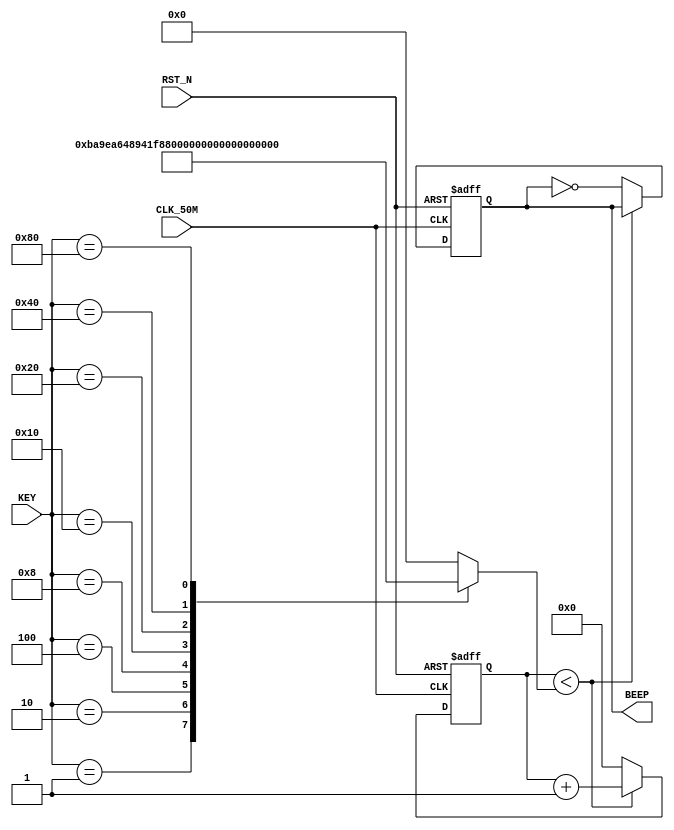
//---------------------------------------------------------------------------
//--			:	Beep_Module.v
//--			:	ZIRCON
//--			:	
//--		:	2014-1-1
//---------------------------------------------------------------------------
module Beep_Module
(
	//
	CLK_50M,RST_N,KEY,
	//
	BEEP
);

//---------------------------------------------------------------------------
//--	
//---------------------------------------------------------------------------
input					CLK_50M;					//,50MHz
input					RST_N;					//,
input 	[ 7:0]	KEY;						//
output				BEEP;						//

//---------------------------------------------------------------------------
//--	
//---------------------------------------------------------------------------
reg		[19:0]	time_cnt;				//
reg		[19:0]	time_cnt_n;				//time_cnt
reg		[15:0]	freq;						//
reg					beep_reg;				//
reg					beep_reg_n;				//beep_reg

//---------------------------------------------------------------------------
//--		
//---------------------------------------------------------------------------
//time_cnt
always @ (posedge CLK_50M or negedge RST_N)
begin
	if(!RST_N)									//
		time_cnt <= 1'b0;						//time_cnt
	else
		time_cnt <= time_cnt_n;				//time_cnt
end

// 
always @ (*)
begin
	if(time_cnt < freq)						//
		time_cnt_n = time_cnt + 1'b1;		//
	else
		time_cnt_n = 1'b0;					//
end

//beep_reg
always @ (posedge CLK_50M or negedge RST_N)
begin
	if(!RST_N)									//
		beep_reg <= 1'b0;						//beep_reg
	else
		beep_reg <= beep_reg_n;				//beep_reg
end

//
always @ (*)
begin
	if(time_cnt < freq)						//
		beep_reg_n = beep_reg;				//
	else
		beep_reg_n = ~beep_reg;				//
end

//
//do523.3hzfreq = 50 * 10^6 / (523 * 2) = 47774
always@(KEY)
begin
	case(KEY)
		8'b00000001: freq<=16'd47774; 	//1523.3Hz
		8'b00000010: freq<=16'd42568; 	//2587.3Hz
		8'b00000100: freq<=16'd37919; 	//3659.3Hz
		8'b00001000: freq<=16'd35791; 	//4698.5Hz
		8'b00010000: freq<=16'd31888; 	//5784Hz
		8'b00100000: freq<=16'd28409; 	//6880Hz
		8'b01000000: freq<=16'd25309; 	//7987.8Hz
		8'b10000000: freq<=16'd23889; 	//11046.5Hz
		default	  : freq<=16'd0;
	endcase
end

assign BEEP = beep_reg;		//,BEEP

endmodule